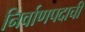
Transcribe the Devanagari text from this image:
निर्वाणपदाची